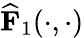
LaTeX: \widehat{\mathbf{F}}_{1}(\cdot,\cdot)